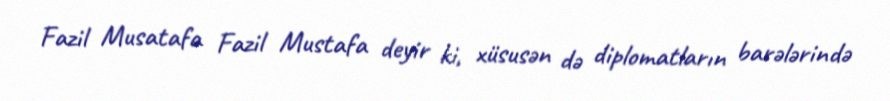
Fazil Musatafa Fazil Mustafa deyir ki, xüsusən də diplomatların barələrində